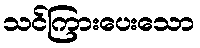
သင်ကြားပေးသော